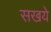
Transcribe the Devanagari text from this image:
सखये